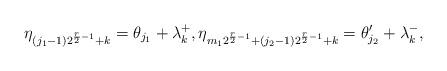
LaTeX: \begin{gather*} \eta_{(j_1-1)2^{{r\over 2}-1}+k}= \theta_{j_1} + \lambda_k^+, \eta_{m_12^{{r\over 2}-1}+(j_2-1)2^{{r\over 2}-1}+k}= \theta_{j_2}' + \lambda_k^- ,\end{gather*}